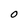
Character: O